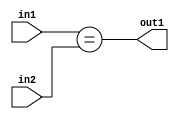
`timescale 1ps / 1ps
/*****************************************************************************
    Verilog RTL Description
    
    
    Created by: Stratus DpOpt 2019.1.01 
*******************************************************************************/

module cache_Equal_8Ux3U_1U_1 (
	in2,
	in1,
	out1
	); /* architecture "behavioural" */ 
input [7:0] in2;
input [2:0] in1;
output  out1;
wire  asc001;

assign asc001 = (in1==in2);

assign out1 = asc001;
endmodule

/* CADENCE  urnxSAA= : u9/ySgnWtBlWxVPRXgAZ4Og= ** DO NOT EDIT THIS LINE ******/